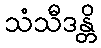
သံသီဒန္တိ